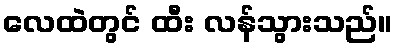
လေထဲတွင် ထီး လန်သွားသည်။